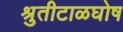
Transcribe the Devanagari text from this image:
श्रुतीटाळघोष